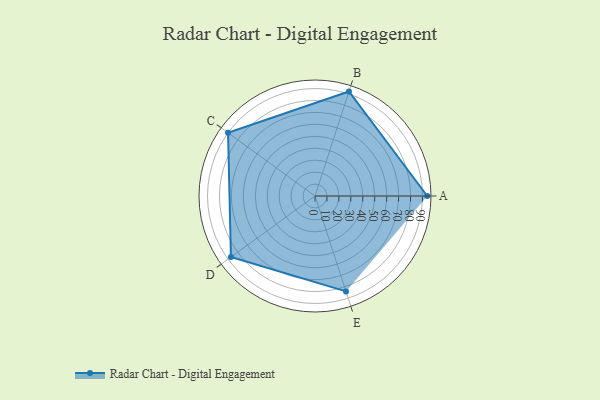
{"axis": {"x": "Skill", "y": "Score"}, "legend": ["Profile"], "data": [{"x": "A", "y": 94.0, "type": "Profile"}, {"x": "B", "y": 92.0, "type": "Profile"}, {"x": "C", "y": 90.0, "type": "Profile"}, {"x": "D", "y": 87.0, "type": "Profile"}, {"x": "E", "y": 84.0, "type": "Profile"}]}